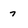
Character: 7